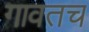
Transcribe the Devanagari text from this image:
गावतच